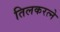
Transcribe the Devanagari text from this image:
तिलकरत्‍ने